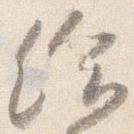
給